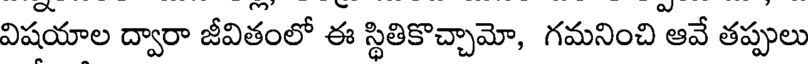
విషయాల ద్వారా జీవితంలో ఈ స్థితికొచ్చామో, గమనించి ఆవే తప్పులు